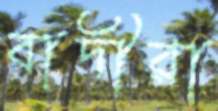
বাদীরা